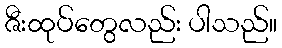
ဇီးထုပ်တွေလည်း ပါသည်။